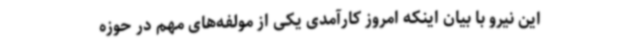
این نیرو با بیان اینکه امروز کارآمدی یکی از مولفه‌های مهم در حوزه